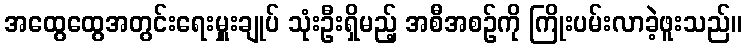
အထွေထွေအတွင်းရေးမှူးချုပ် သုံးဦးရှိမည့် အစီအစဉ်ကို ကြိုးပမ်းလာခဲ့ဖူးသည်။